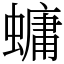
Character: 䗤